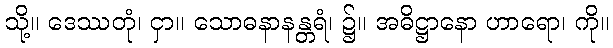
သို့။ ဒေဿတုံ၊ ငှာ။ သောဓနာနန္တရံ၊ ၌။ အဓိဋ္ဌာနော ဟာရော၊ ကို။